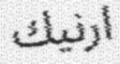
ارنيك